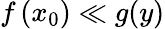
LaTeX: f\left(x_{0}\right)\ll g(y)